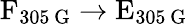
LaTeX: \textrm{F}_{305\, \mathrm{G}}\rightarrow\textrm{E}_{305\, \mathrm{G}}